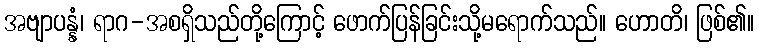
အဗျာပန္နံ၊ ရာဂ-အစရှိသည်တို့ကြောင့် ဖောက်ပြန်ခြင်းသို့မရောက်သည်။ ဟောတိ၊ ဖြစ်၏။